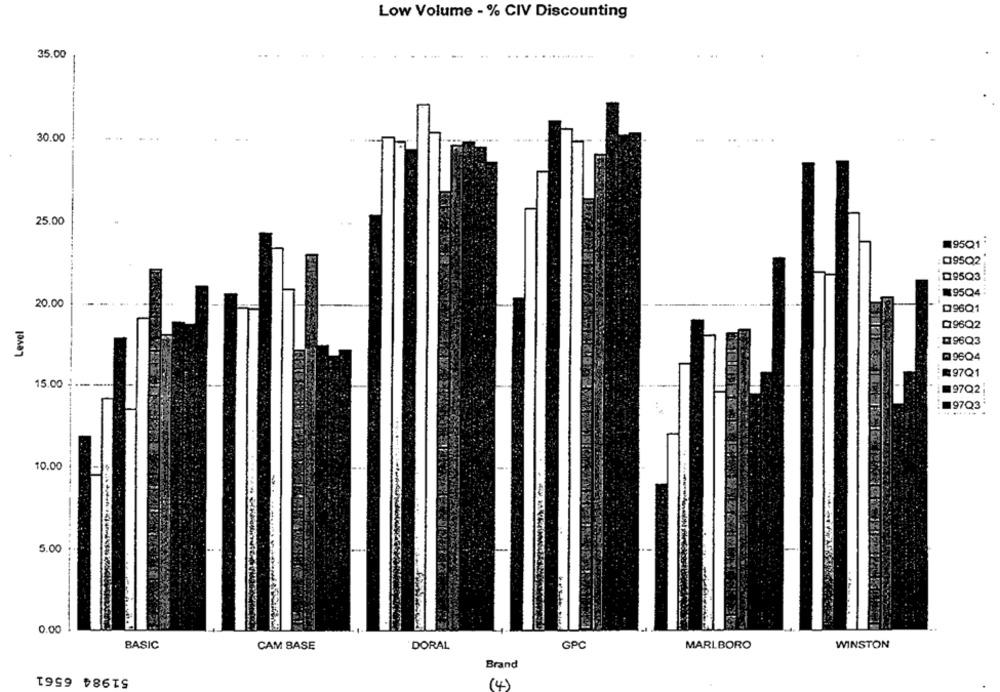
Low Volume - % CIV Discounting
35.00
30.00
25.00
95Q1.
095Q2
Q95Q3
195Q4:
20.00
----
096Q1
Level
Q96Q2
96Q3
9604
R97Q1
15.00 ---- -****
97Q2
97Q3
......
10.00
5.00
0.00
BASIC
CAM BASE
DORAL
GPC
MARLBORO
WINSTON
Brand
51984 6561
(4)